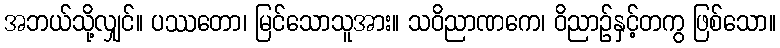
အဘယ်သို့လျှင်။ ပဿတော၊ မြင်သောသူအား။ သဝိညာဏကေ၊ ဝိညာဉ်နှင့်တကွ ဖြစ်သော။